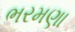
ભરમણા